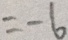
= - 6